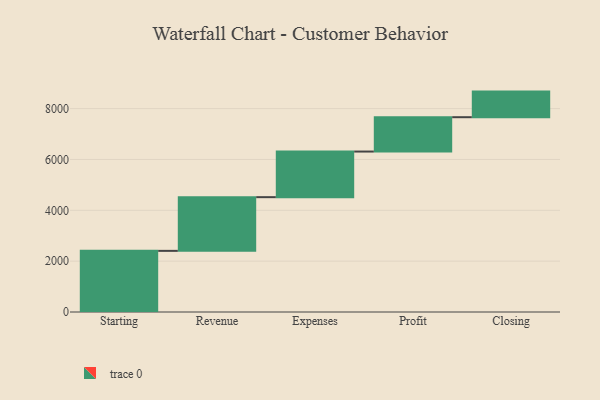
{"axis": {"x": "Step", "y": "Value"}, "legend": [""], "data": [{"x": "Starting", "y": 2405.0, "type": ""}, {"x": "Revenue", "y": 2112.0, "type": ""}, {"x": "Expenses", "y": 1794.0, "type": ""}, {"x": "Profit", "y": 1351.0, "type": ""}, {"x": "Closing", "y": 1007.0, "type": ""}]}